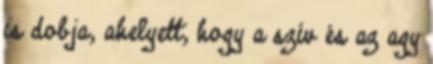
is dobja, ahelyett, hogy a szív és az agy